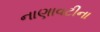
નાણાવટીના